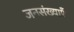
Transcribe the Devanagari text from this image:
जनसंख्याएँ